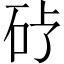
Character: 𪿒